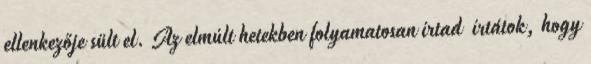
ellenkezője sült el. Az elmúlt hetekben folyamatosan írtad írtátok, hogy